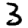
Digit: 3